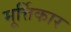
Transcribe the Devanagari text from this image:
मूर्त्तिकार